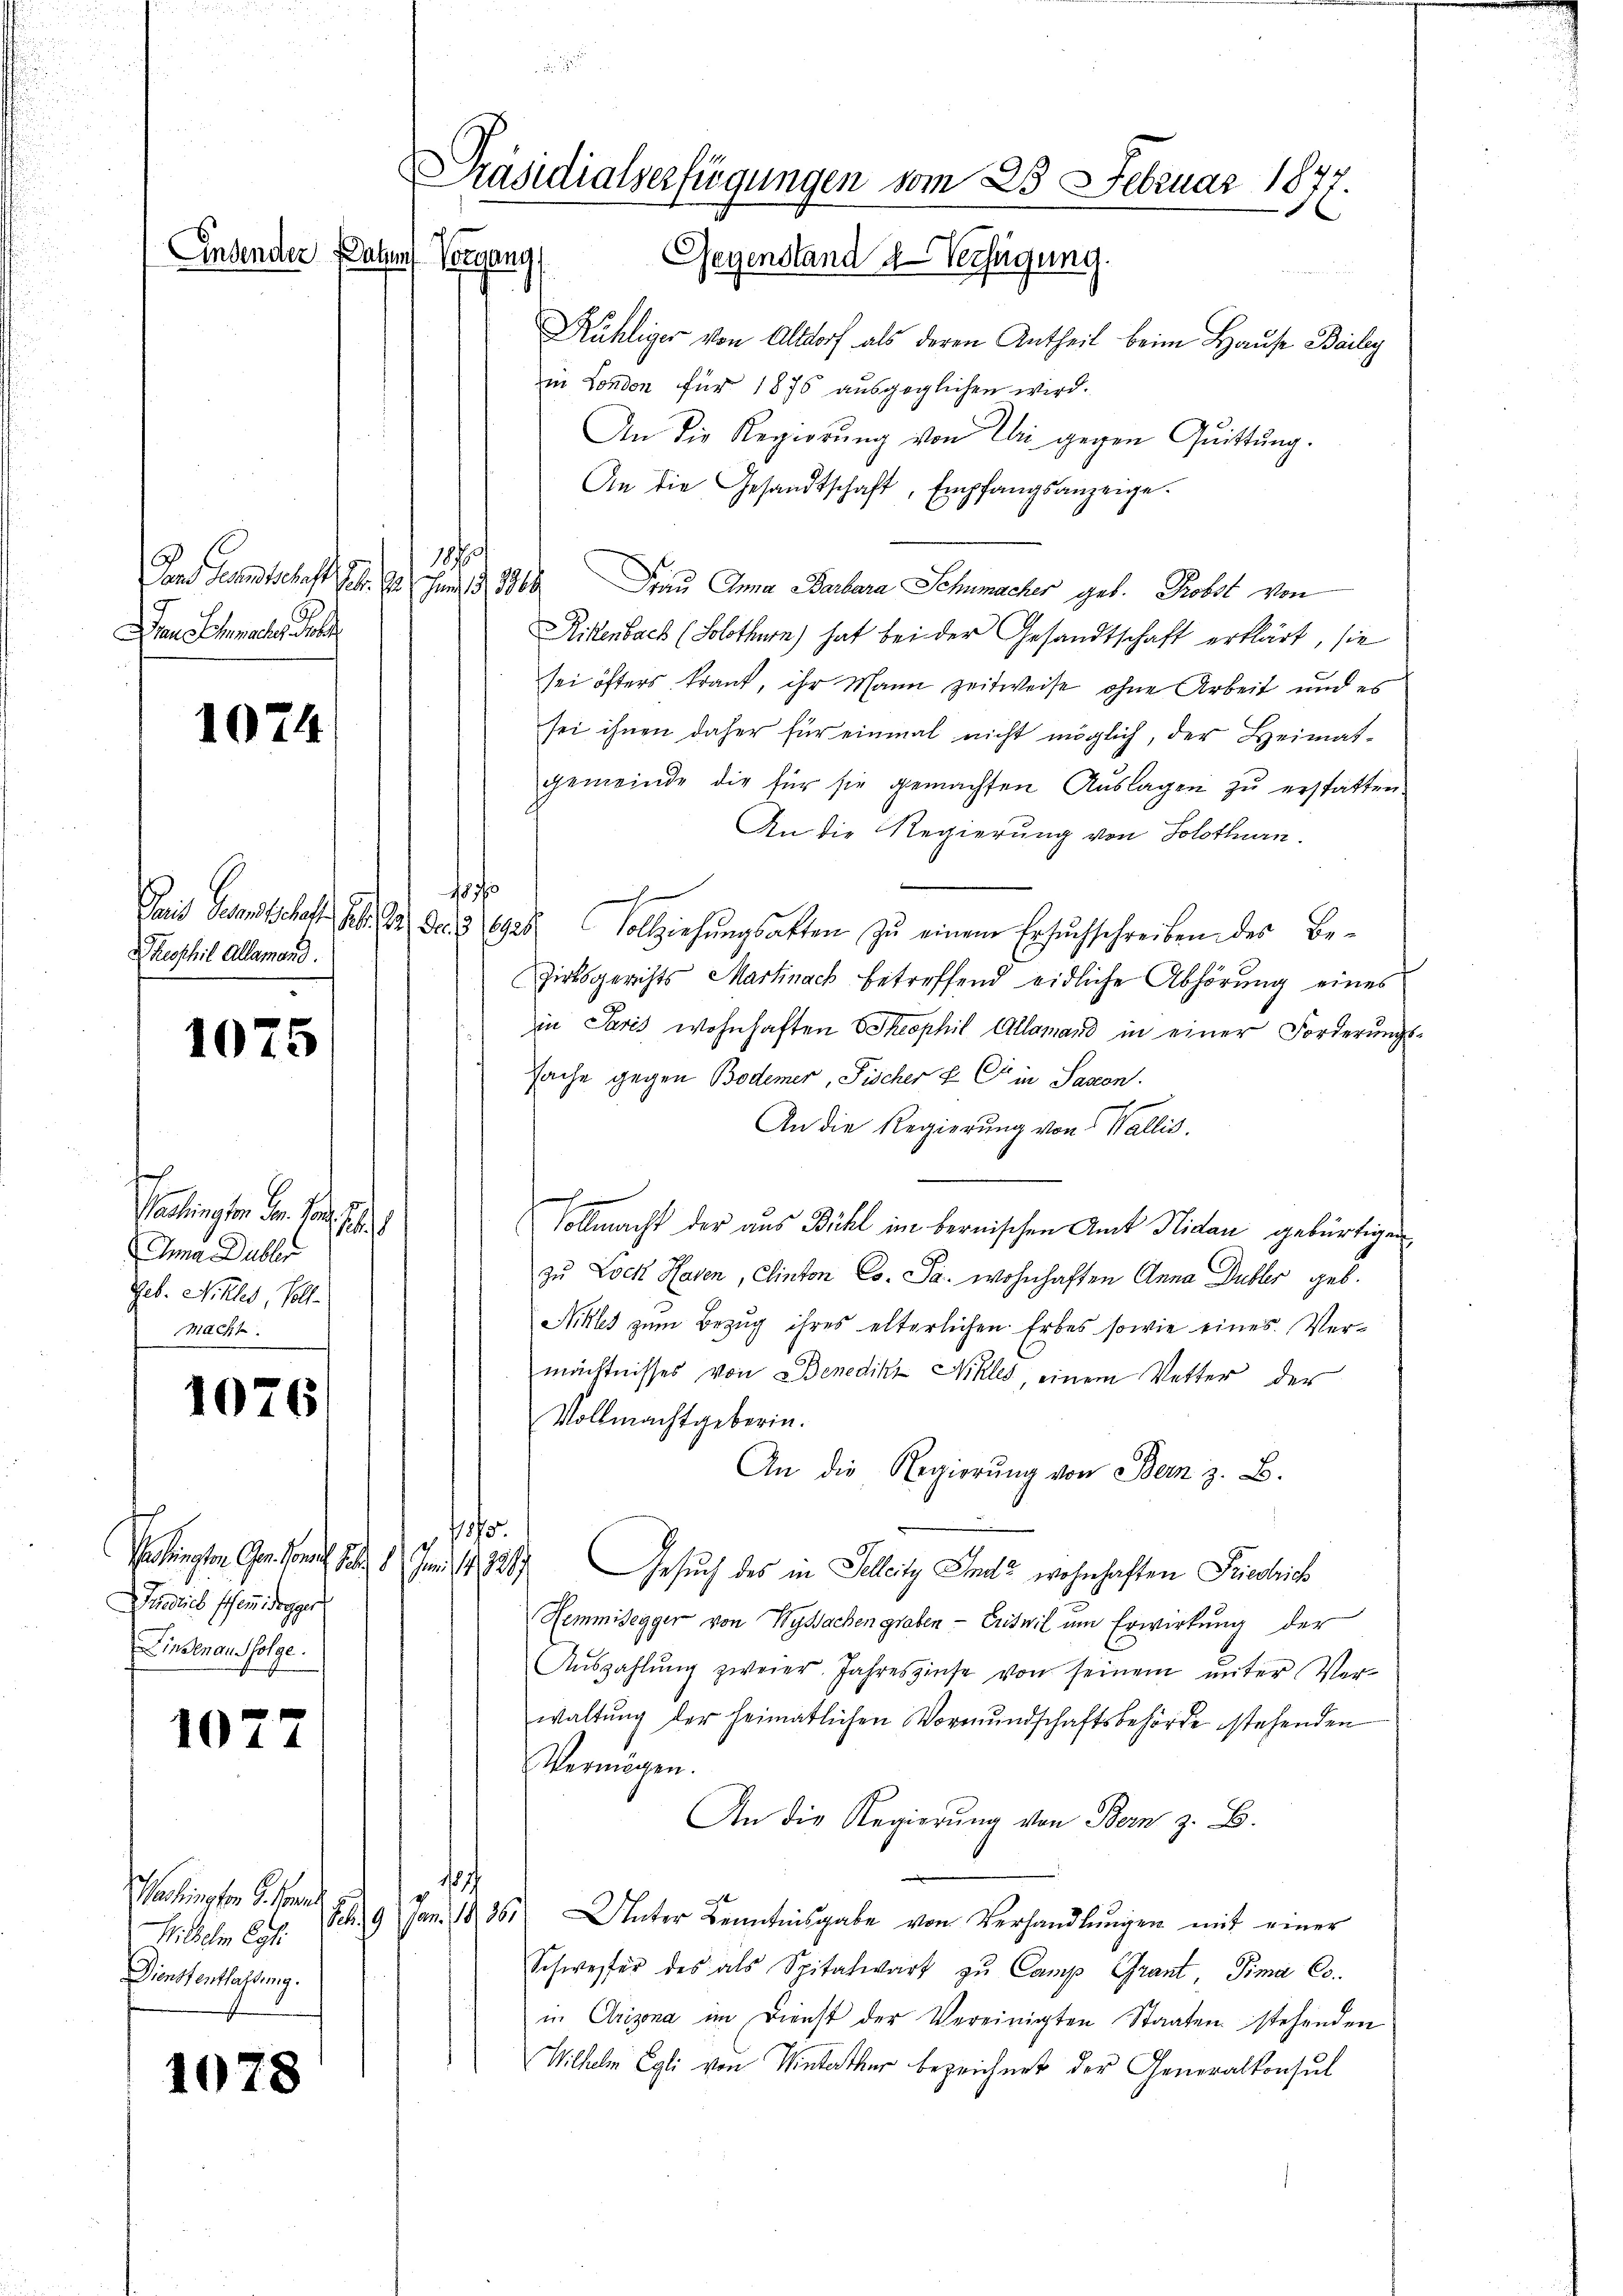
1879
Dem Gesandtschaft . . .  19, 1819
Da mater der

1074

Reoschil Allamand.

1075

1076

107

1078

Einsender Satzun

Pashingten den Tage s
Ja Dubler
Geb. Mitler, Voll-
Macht.

Inedies scheidegger
Linsenau folge.

Wilhelm Cat
Dienstenthaltung.

Präsidialverfügungen vom 25. Februar 1877
Vorgang Gegenstand Verfügung.

Kühliger von Altdorf als deren Antheil beim Hause Beileg
in London für 1875 ausgeglichen wird.
An die Regierŭng von Eli gegen Quittung.
An die Gesandtschaft, Empfangsanzeige.
Frau Anna Barbara Schumacher geb. Probst von
Rittenbach (Solothurn) hat bei der Gesandtschaft erklärt, sie
sei öfters traut, ihr Mann zeitweise ohne Arbeit und es
sei ihnen daher für einmal nicht möglich, der Heimatgemeinde die für sie gemachten Auslagen zu erstatten.
An die Regierung von Solothurn.
18 ff
Jais Gesandtschaft Al. 2 der 2 Eid Vollziehungsakten zu einem Ersuchschreiben des Beirksgerichts Martinach betreffend eidliche Abhörung eines
iin Paris wohnhaften Theophil Allemand in einer Forderungsfache gegen Bodemer, Fischer & Cie in Saxon.
An die Regierung von Wallis.
ch
Vollmacht der aus Bühl im bernischen Amt Nidau gebürtigen
zu Lock Hasen, Clinton Co. Ja. wohnhaften Anna Dubler geb.
Nikles zum Bezug ihres elterlichen Erbes sowie eines Vermächtnisses von Benedikt Nikles, einem Vetter der
Vollmachtgeberin.
An die Regierŭng von Bern z. B.
.
shingten Gesuch S. 1. Im 18217. Gesuch des in Felleitz Ende wohnhaften Friedrich
Hemmidegger von Wyssachengraben - Eriswil um Erwirkung der
Aŭszahlŭng zweier. Jahreszinse von seinem ŭnter Ver-
waltung der heimatlichen Vormundschaftsbehörde stehenden
Vermögen.
An die Regierung von Bern z. B.
1877
hingen S. 19 Jan. 1855 Unter Kenntnisgabe von Verhandlungen mit einer
Schwester des als Spitalwart zŭ Camp Grant, Pima Co
in Crizona im Dienst der Vereinigten Staaten stehenden
Wilhelm Egli von Winterthur bezeichnet der Generalkonsul